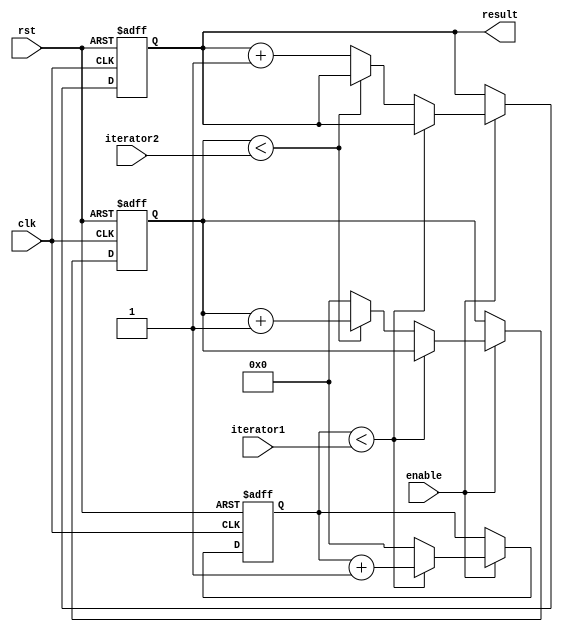
module multiple_iterator_loop (
    input wire clk,
    input wire rst,
    input wire [7:0] iterator1,
    input wire [7:0] iterator2,
    input wire enable,
    output reg [7:0] result
);

reg [7:0] loop_count1;
reg [7:0] loop_count2;

always @(posedge clk or posedge rst) begin
    if (rst) begin
        loop_count1 <= 0;
        loop_count2 <= 0;
        result <= 0;
    end else begin
        if (enable) begin
            if (loop_count1 < iterator1) begin
                loop_count1 <= loop_count1 + 1;
            end else if (loop_count2 < iterator2) begin
                loop_count2 <= loop_count2 + 1;
                loop_count1 <= 0;
            end else begin
                result <= result + 1;
                loop_count1 <= 0;
                loop_count2 <= 0;
            end
        end
    end
end

endmodule